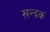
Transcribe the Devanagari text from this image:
ख़न्दक